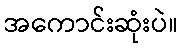
အကောင်းဆုံးပဲ။